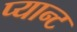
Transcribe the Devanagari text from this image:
प्यान्ट